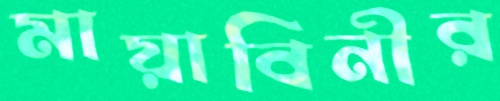
মায়াবিনীর